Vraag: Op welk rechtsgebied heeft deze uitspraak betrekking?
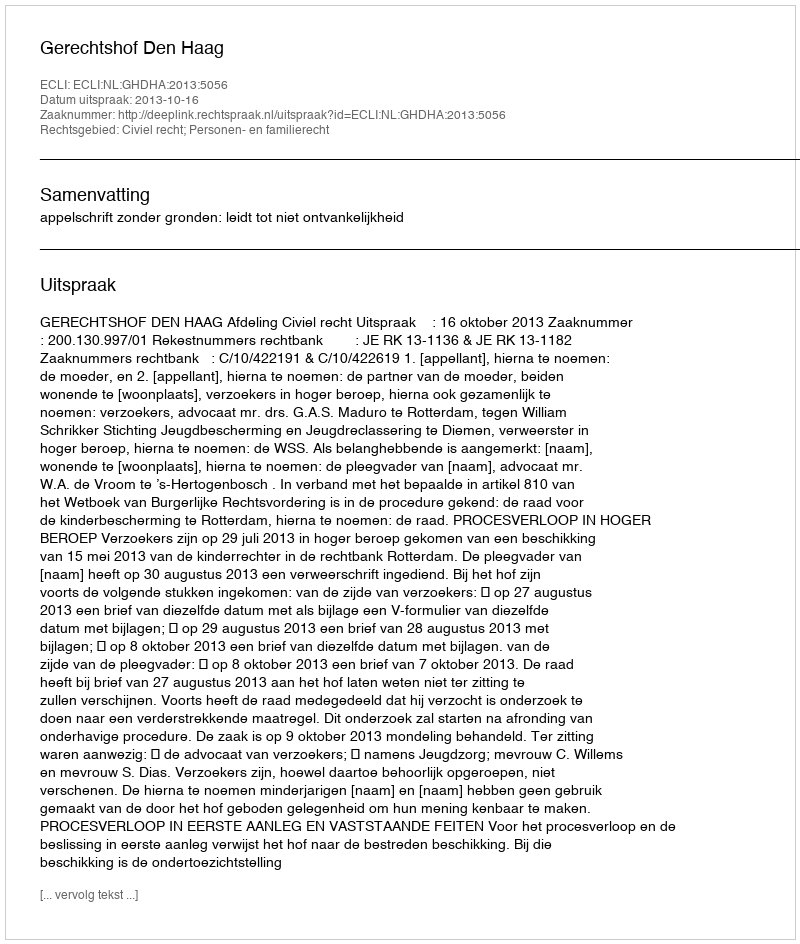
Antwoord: Civiel recht; Personen- en familierecht